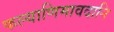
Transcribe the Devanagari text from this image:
कल्याणिमावदानि